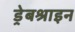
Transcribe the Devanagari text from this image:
ड्रेबश्राइन